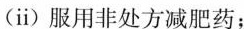
(ⅱ)服用非处方减肥药；